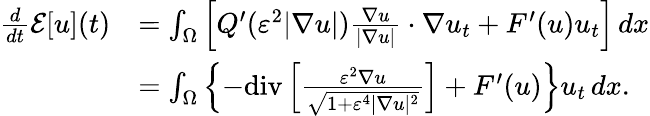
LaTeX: \begin{array}{rl}{\frac{d}{dt}\mathcal{E}[u](t)}&{=\int_{\Omega}\left[Q^{\prime}(\varepsilon^{2}|\nabla u|)\frac{\nabla u}{|\nabla u|}\cdot\nabla u_{t}+F^{\prime}(u)u_{t}\right]\, dx}\\ &{=\int_{\Omega}\left\{ -\mathrm{div}\left[\frac{\varepsilon^{2}\nabla u}{\sqrt{1+\varepsilon^{4}|\nabla u|^{2}}}\right]+F^{\prime}(u)\right\} u_{t}\, dx.}\end{array}